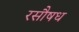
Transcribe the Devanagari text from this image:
रसौषध